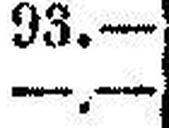
—.—